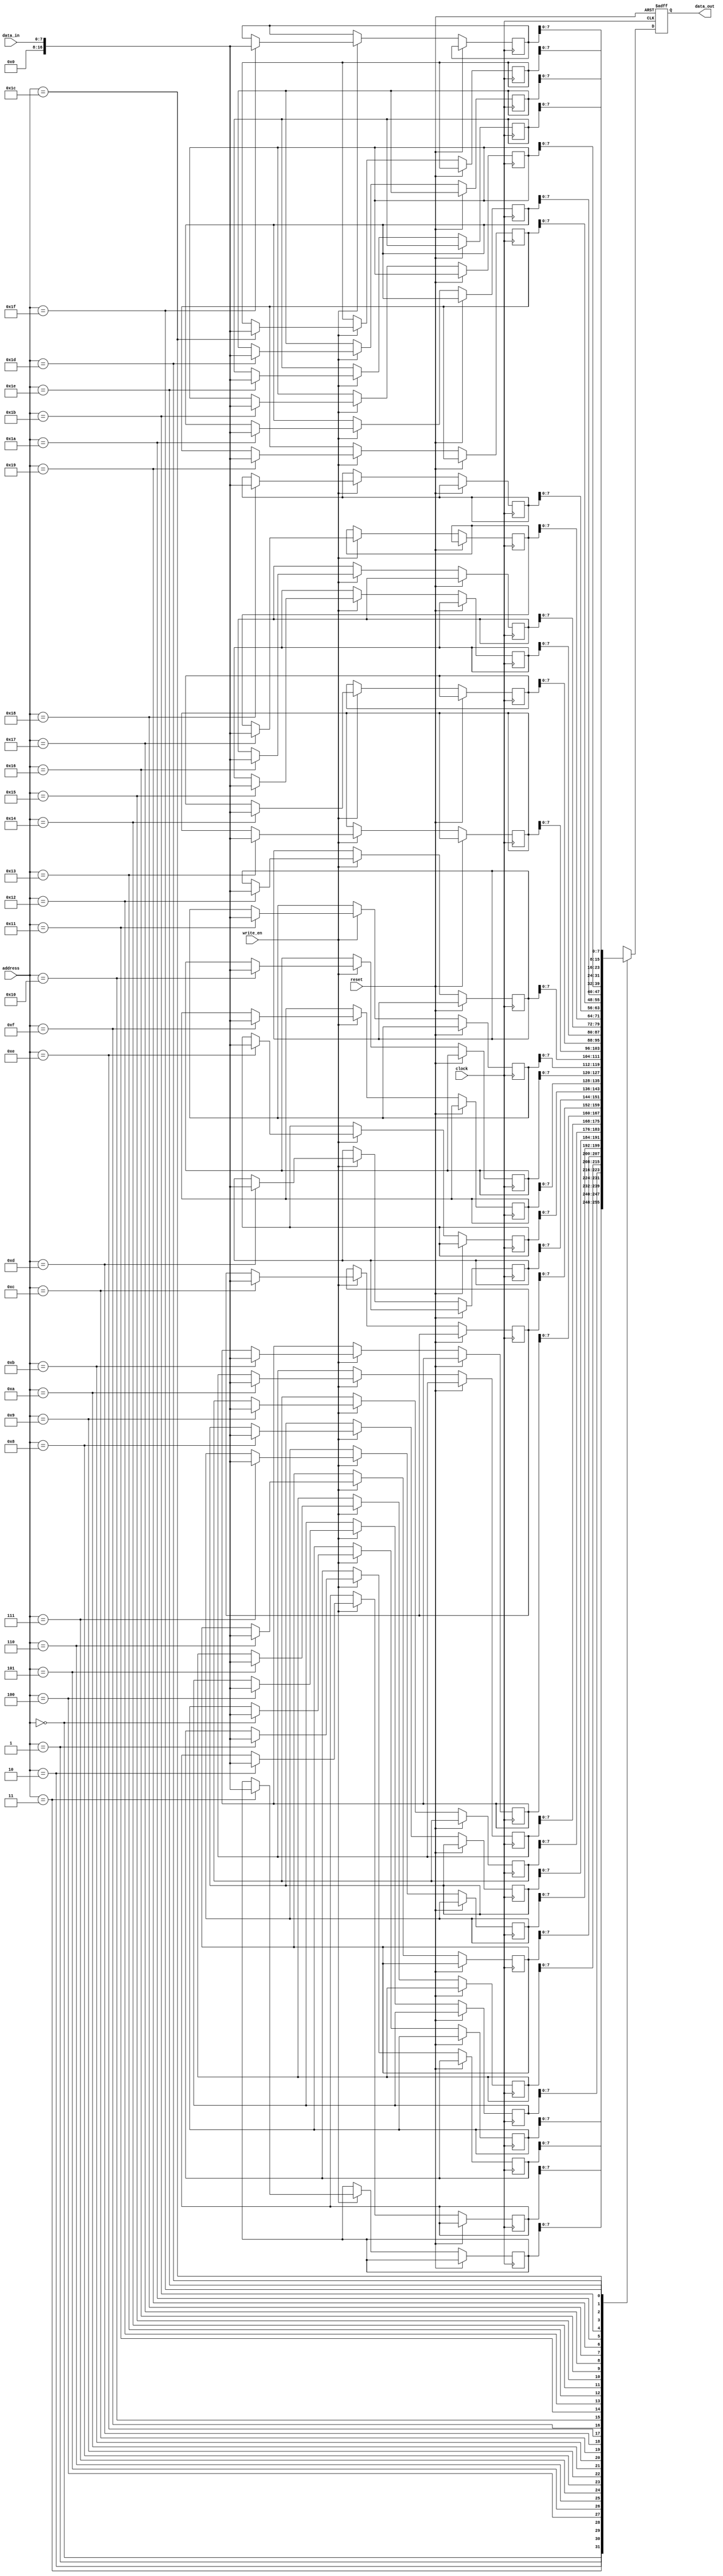
`timescale 1ns / 1ps

// instruction memory
module instruction_mem(
    input clock,
    input reset,
    input write_en,
    input [4:0] address,
    input [7:0] data_in,
    output reg [7:0] data_out
    );
    reg [16:0] data_reg [0:31];

    always @(negedge clock or posedge reset) begin
        if(reset) begin
            data_out = 8'b0;
        end
        else begin
            if(write_en) data_reg[address] <= data_in;
            data_out <= data_reg[address];
        end
    end
endmodule